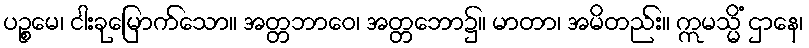
ပဉ္စမေ၊ ငါးခုမြောက်သော။ အတ္တဘာဝေ၊ အတ္တဘော၌။ မာတာ၊ အမိတည်း။ ဣမသ္မိံ ဌာနေ၊